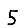
Digit: 5